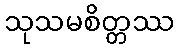
သုသမစိတ္တဿ